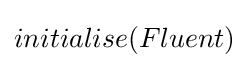
initialise(Fluent)